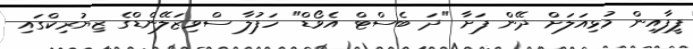
ފީފާއިން މުޅިއަލަށް ދޭން ފަށާ "ދަ ބެސްޓް އެވޯޑް" ހަފުލާ ސްވިޒަލޭންޑްގެ ޒިޔުރިކްގައި